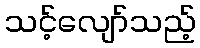
သင့်လျော်သည့်